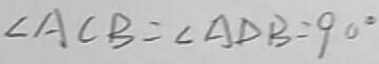
\angle A C B = \angle A D B = 9 0 ^ { \circ }